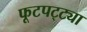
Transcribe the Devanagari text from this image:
फूटपट्ट्या